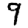
Digit: 9